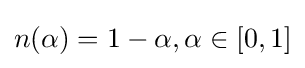
n(\alpha )=1-\alpha ,\alpha \in [0,1]